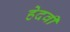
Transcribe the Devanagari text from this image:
हेदवी